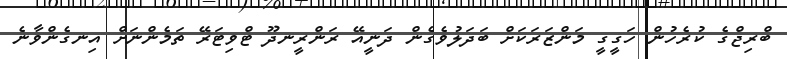
ބްރިޖްގެ ކުރެހުން ހަގީގީ މަންޒަރަކަށް ބަދަލުވެގެން ދަނީއޭ ރަންރީނދޫ ޓްވިޓަރޭ ތަމެންނަށް އިނގެންވާނެ